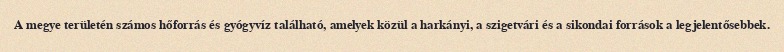
A megye területén számos hőforrás és gyógyvíz található, amelyek közül a harkányi, a szigetvári és a sikondai források a legjelentősebbek.